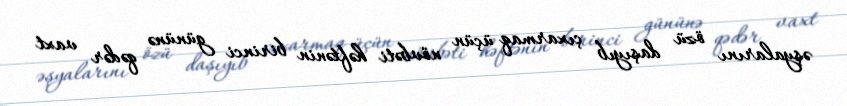
əşyalarını özü daşıyıb çıxarmaq üçün növbəti həftənin birinci gününə qədər vaxt